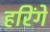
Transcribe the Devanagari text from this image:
हरिंगे